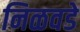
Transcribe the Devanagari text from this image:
निळवडे